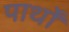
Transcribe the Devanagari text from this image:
पार्थों